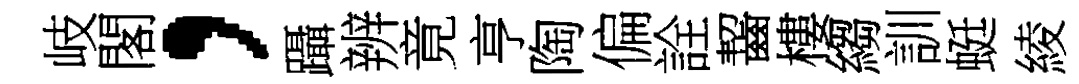
岐閣，躡辨竟亨陶偏詮齧樓縐訓蜓綾